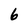
Character: 6